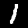
Digit: 1